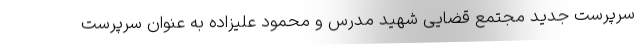
سرپرست جدید مجتمع قضایی شهید مدرس و محمود علیزاده به عنوان سرپرست